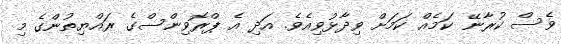
ވެސް ކުރާނޭ ކަމެއް ކަމަށް ވިދާޅުވިއެވެ. އަދި އެ ޕްރޮވިންސްގެ ރައްޔިތުންގެ މި